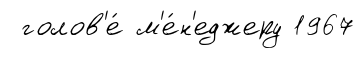
голов'е́ м'е́н'еджеру 1967